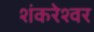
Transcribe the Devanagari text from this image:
शंकरेश्वर